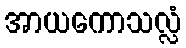
အာယကောသလ္လံ